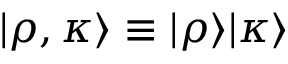
| \rho , \kappa \rangle \equiv | \rho \rangle | \kappa \rangle